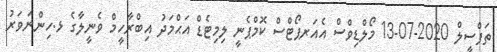
ތަފްސީލް 2020-07-13 މޯލްޑިވްސް އެއަރޕޯޓްސް ކޮމްޕެނީ ލިމިޓެޑް އަޙްމަދު އިބްރާހީމް ވެނީލާގެ ޅ.ހިންނަވަރު